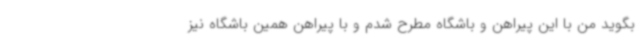
بگوید من با این پیراهن و باشگاه مطرح شدم و با پیراهن همین باشگاه نیز